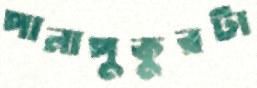
পানাপুকুরটা